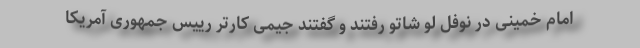
امام خمینی در نوفل لو شاتو رفتند و گفتند جیمی کارتر رییس جمهوری آمریکا